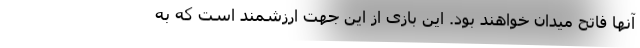
آنها فاتح میدان خواهند بود. این بازی از این جهت ارزشمند است که به